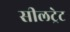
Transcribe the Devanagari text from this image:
सीलट्रेट